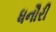
ધનૌરી